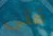
فتى